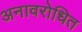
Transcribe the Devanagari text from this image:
अनावरोधित